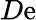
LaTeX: D\mathrm{e}